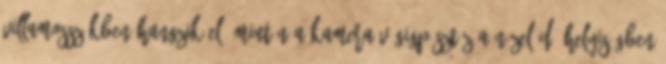
villamosszékben hangzik el, miután a kamera végigpásztáz a nézelődő-helyiségben